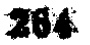
284